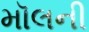
મૉલની